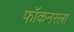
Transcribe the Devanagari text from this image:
फॉकनरला